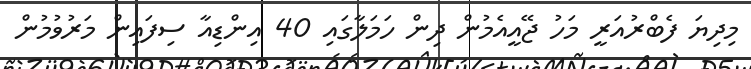
މިދިޔަ ފެބްރުއަރީ މަހު ޖޭއީއެމުން ދިން ހަމަލާގައި 40 އިންޑިއާ ސިފައިން މަރުވުމުން